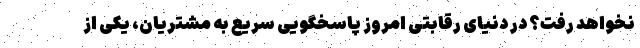
نخواهد رفت؟ در دنیای رقابتی امروز پاسخگویی سریع به مشتریان، یکی از